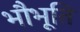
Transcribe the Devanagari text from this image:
भौभूति